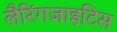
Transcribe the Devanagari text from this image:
लैरिंगजाइटिस